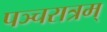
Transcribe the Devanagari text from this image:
पञ्चरात्रम्‌